Burma Government Medical School reports 1907-22
Year: 1907
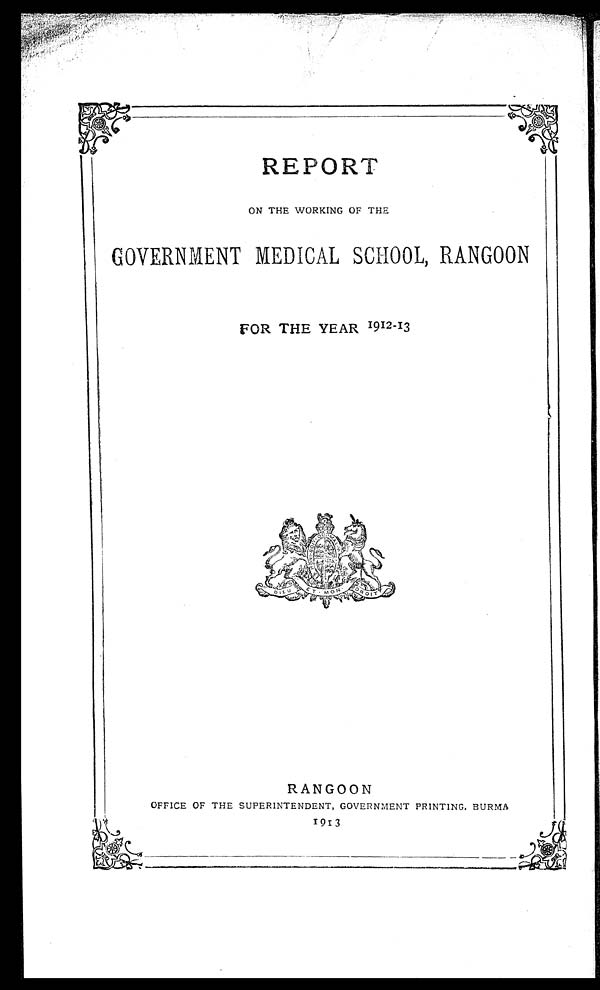
REPORT
ON THE WORKING OF THE
GOVERNMENT MEDICAL SCHOOL, RANGOON
FOR THE YEAR 1912-13
RANGOON
OFFICE OF THE SUPERINTENDENT, GOVERNMENT PRINTING. BURMA
1913